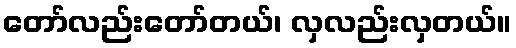
တော်လည်းတော်တယ်၊ လှလည်းလှတယ်။